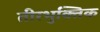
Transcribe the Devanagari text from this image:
तीरभुक्‍तिक